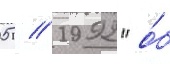
05 // 1992 "о́б